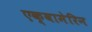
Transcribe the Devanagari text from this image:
एक्वामेरिन